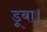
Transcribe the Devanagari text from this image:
डूबा।